Indian Medical Review
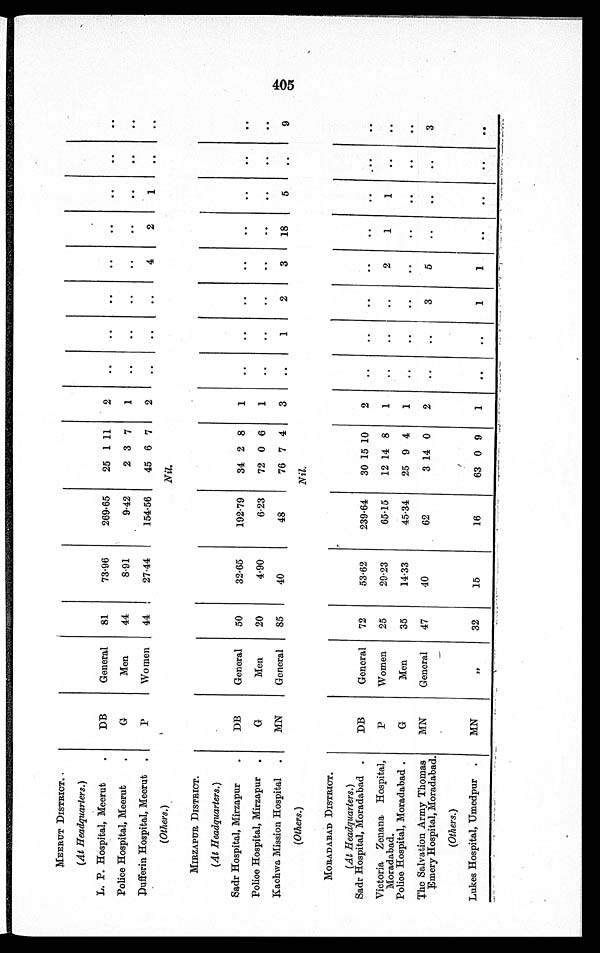
MEERUT DISTRICT.
(At Headquarters.)
L. P. Hospital, Meerut
DB
General 81
73.96
269.65
25 1 11
2
Police Hospital, Meerut
G
Men
44
8.91
9.42
2 3 7
1
Dufferin Hospital, Meerut
P
Women 44
27.44
154.56
45 6 7
2
4
2
1
(Others.)
Nil.
MIRZAPUR DISTRICT.
(At Headquarters.)
Sadr Hospital, Mirzapur
DB
General 50
32.65
192.79
34 2 8
1
Police Hospital, Mirzapur
G
Men
20
4.90
6.23
72 0 6
1
Kachwa Mission Hospital
MN
General 85
40
48
76 7 4
3
1
2
3
18
5
9
(Others.)
Nil.
MORADABAD DISTRICT.
(At Headquarters.)
Sadr Hospital, Moradabad
DB
General 72
53.62
239.64
30 15 10
2
Victoria Zenana Hospita
l, Moradabad.
P
Women 25
29.23
65.15
12 14 8
1
2
1
1
Police Hospital, Moradabad
G
Men
35
14.33
45.34
25 9 4
1
The Salvation Army Thomas
Emery Hospital, Moradabad.
MN
General 47
40
62
3 14 0
2
3
5
3
(Others.)
Lukes Hospital, Umedpur.
MN
„ 32
15
16
63 0 9
1
1
1
405